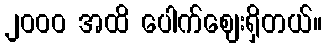
၂၀၀၀ အထိ ပေါက်ဈေးရှိတယ်။